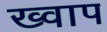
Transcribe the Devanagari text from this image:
ख्वाप